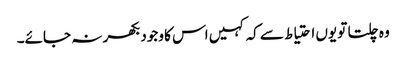
وہ چلتا تو یوں احتیاط سے کہ کہیں اس کا وجود بکھر نہ جائے۔